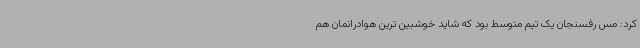
کرد: مس رفسنجان یک تیم متوسط بود که شاید خوشبین ترین هوادرانمان هم